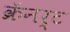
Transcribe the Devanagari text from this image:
क्रॅनर्ट